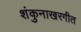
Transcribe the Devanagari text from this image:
शंकुनाखरगीत